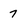
Character: 7